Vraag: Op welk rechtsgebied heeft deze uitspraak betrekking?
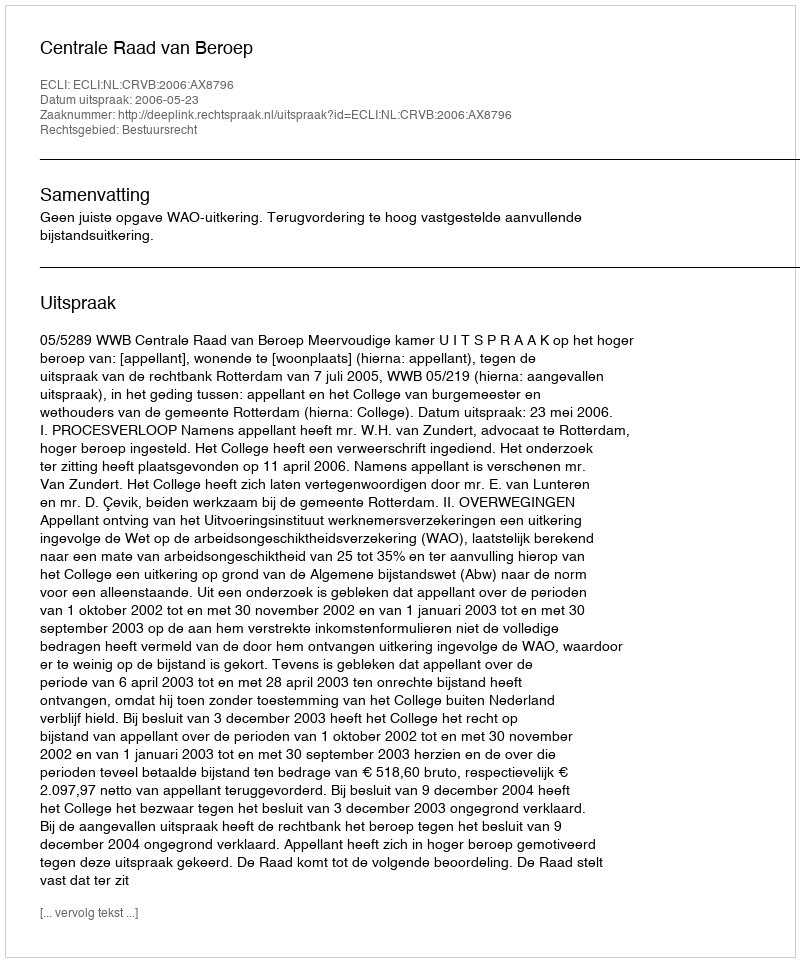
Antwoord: Bestuursrecht